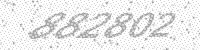
Solution: 882802